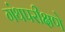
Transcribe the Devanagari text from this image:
गंथपरीक्षणे